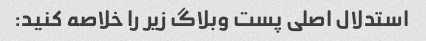
استدلال اصلی پست وبلاگ زیر را خلاصه کنید: